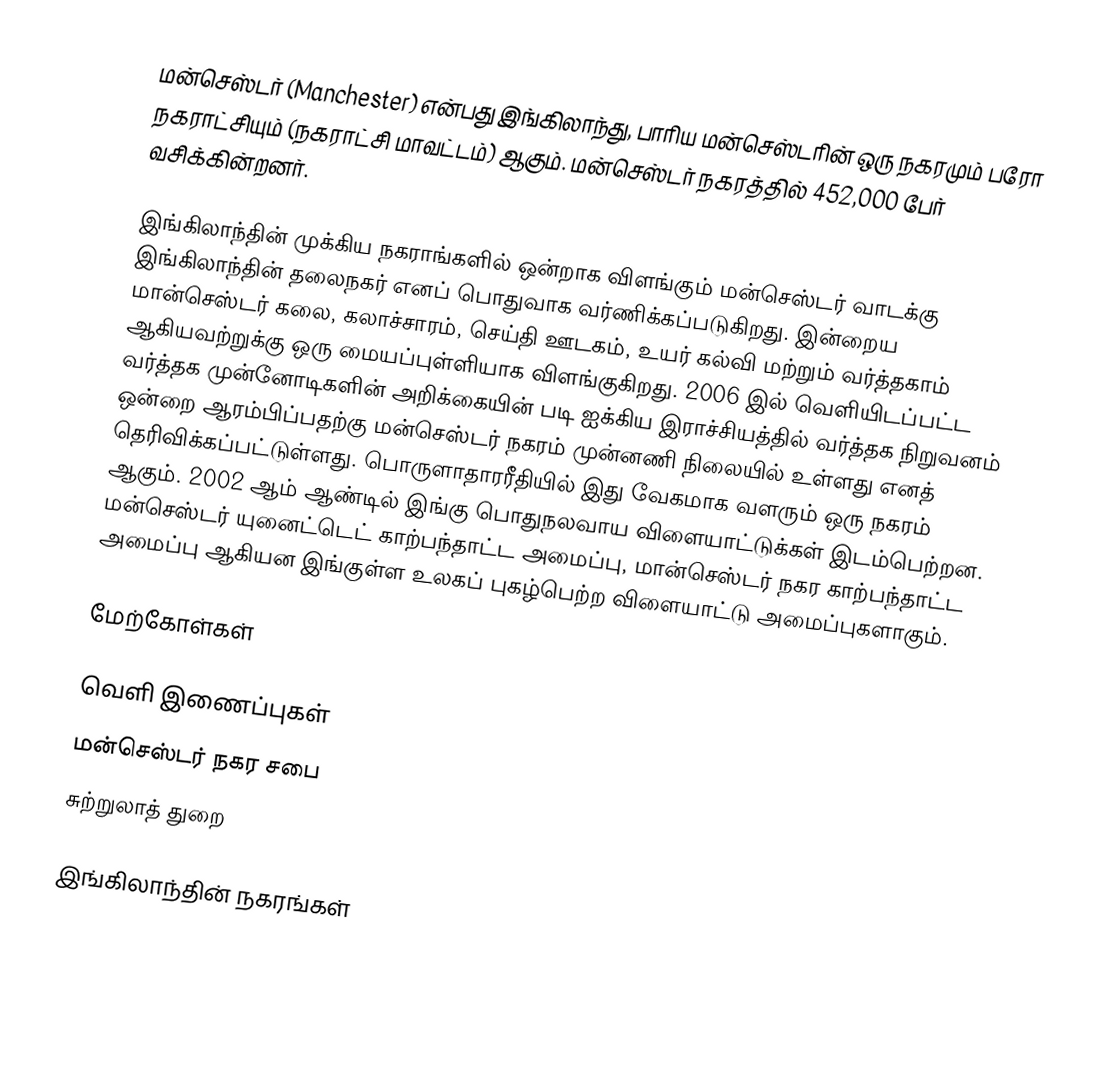
மன்செஸ்டர் (Manchester) என்பது இங்கிலாந்து, பாரிய மன்செஸ்டரின் ஒரு நகரமும் பரோ நகராட்சியும் (நகராட்சி மாவட்டம்) ஆகும். மன்செஸ்டர் நகரத்தில் 452,000 பேர் வசிக்கின்றனர்.

இங்கிலாந்தின் முக்கிய நகராங்களில் ஒன்றாக விளங்கும் மன்செஸ்டர் வாடக்கு இங்கிலாந்தின் தலைநகர் எனப் பொதுவாக வர்ணிக்கப்படுகிறது. இன்றைய மான்செஸ்டர் கலை, கலாச்சாரம், செய்தி ஊடகம், உயர் கல்வி மற்றும் வர்த்தகாம் ஆகியவற்றுக்கு ஒரு மையப்புள்ளியாக விளங்குகிறது. 2006 இல் வெளியிடப்பட்ட வர்த்தக முன்னோடிகளின் அறிக்கையின் படி ஐக்கிய இராச்சியத்தில் வர்த்தக நிறுவனம் ஒன்றை ஆரம்பிப்பதற்கு மன்செஸ்டர் நகரம் முன்னணி நிலையில் உள்ளது எனத் தெரிவிக்கப்பட்டுள்ளது. பொருளாதாரரீதியில் இது வேகமாக வளரும் ஒரு நகரம் ஆகும். 2002 ஆம் ஆண்டில் இங்கு பொதுநலவாய விளையாட்டுக்கள் இடம்பெற்றன. மன்செஸ்டர் யுனைட்டெட் காற்பந்தாட்ட அமைப்பு, மான்செஸ்டர் நகர காற்பந்தாட்ட அமைப்பு ஆகியன இங்குள்ள உலகப் புகழ்பெற்ற விளையாட்டு அமைப்புகளாகும்.

மேற்கோள்கள்

வெளி இணைப்புகள்
 மன்செஸ்டர் நகர சபை
 சுற்றுலாத் துறை

இங்கிலாந்தின் நகரங்கள்